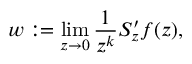
w : = \operatorname * { l i m } _ { z \to 0 } \frac { 1 } { z ^ { k } } S _ { z } ^ { \prime } f ( z ) ,